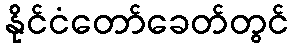
နိုင်ငံတော်ခေတ်တွင်